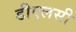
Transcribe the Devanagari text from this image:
डीएलसी